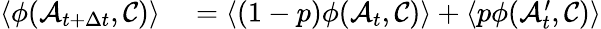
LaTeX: \begin{array}{rl}{\langle\phi(\mathcal{A}_{t+\Delta t},\mathcal{C})\rangle}&{{}=\langle(1-p)\phi(\mathcal{A}_{t},\mathcal{C})\rangle+\langle p\phi(\mathcal{A}_{t}^{\prime},\mathcal{C})\rangle}\end{array}